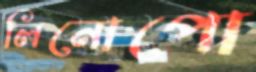
লিনোপো